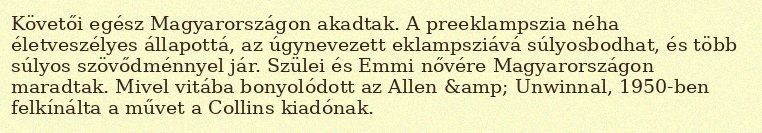
Követői egész Magyarországon akadtak. A preeklampszia néha életveszélyes állapottá, az úgynevezett eklampsziává súlyosbodhat, és több súlyos szövődménnyel jár. Szülei és Emmi nővére Magyarországon maradtak. Mivel vitába bonyolódott az Allen &amp; Unwinnal, 1950-ben felkínálta a művet a Collins kiadónak.